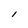
Character: l